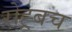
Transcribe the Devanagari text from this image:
रोह्र्बच